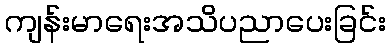
ကျန်းမာရေးအသိပညာပေးခြင်း